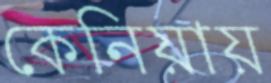
কেনিয়ায়